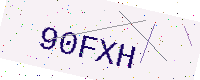
Text: 90FXH